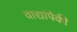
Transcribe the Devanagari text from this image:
वाद्यांपैकी